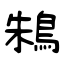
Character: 鴸